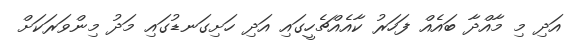
އަދި މި މާއްދާ ބައެއް ފަހަރު ކާއެއްޗެހީގައި އަދި ހަށިގަނޑުގައި މަދު މިންވަރަކަށް